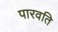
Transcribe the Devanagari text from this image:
पारवति